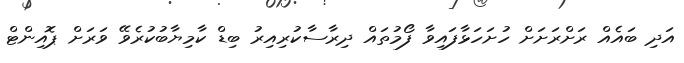
އަދި ބައެއް ރަށްރަށަށް ހުށަހަޅާފައިވާ ފޯމުތައް ދިރާސާކުރިއިރު ބިޑް ކާމިޔާބުކުރެވޭ ވަރަށް ޕޮއިންޓް